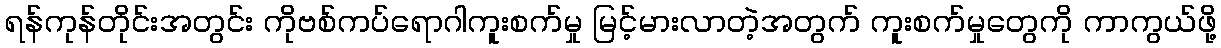
ရန်ကုန်တိုင်းအတွင်း ကိုဗစ်ကပ်ရောဂါကူးစက်မှု မြင့်မားလာတဲ့အတွက် ကူးစက်မှုတွေကို ကာကွယ်ဖို့